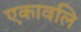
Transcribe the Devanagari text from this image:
एकावलि